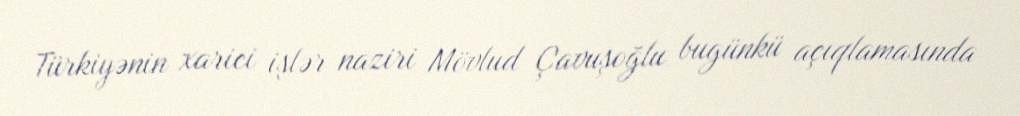
Türkiyənin xarici işlər naziri Mövlud Çavuşoğlu bugünkü açıqlamasında